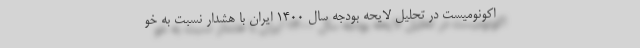
اکونومیست در تحلیل لایحه بودجه سال 1400 ایران با هشدار نسبت به خو